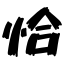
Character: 恰